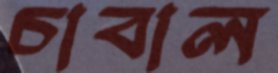
চাবাল